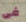
فى